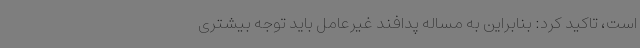
است، تاکید کرد: بنابراین به مساله پدافند غیرعامل باید توجه بیشتری